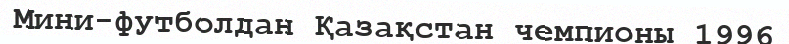
Мини-футболдан Қазақстан чемпионы 1996